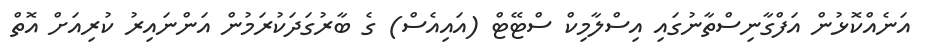
އަނެއްކޮޅުން އަފްގާނިސްތާނުގައި އިސްލާމިކް ސްޓޭޓް (އައިއެސް) ގެ ބާރުގަދަކުރަމުން އަންނައިރު ކުރިއަށް އޮތް